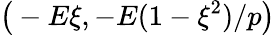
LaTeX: \big(-E\xi,-E({1-\xi^{2}})/{p}\big)